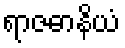
ရာဇဓာနိယံ